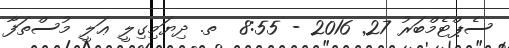
ސެޕްޓެމްބަރު 27